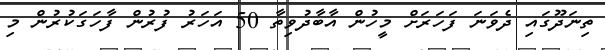
ތިނަދޫގައި ދެވަނަ ފަހަރަށް މީހުން އާބާދުވިތާ 50 އަހަރު ފުރުން ފާހަގަކުރުން މި